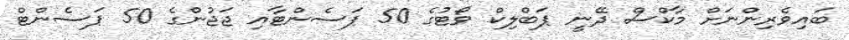
ބައިވެރިންނަށް މާކްސް ދޭނީ ޕަބްލިކް ވޯޓުގެ 50 ޕަސެންޓާއި ޖަޖުންގެ 50 ޕަސެންޓް